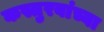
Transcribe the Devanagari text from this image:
कस्तुरबांच्या